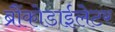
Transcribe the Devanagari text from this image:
ब्रौंकोडाईलेटर